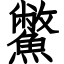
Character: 鱉